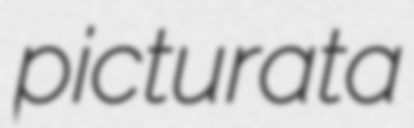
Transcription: picturata